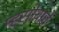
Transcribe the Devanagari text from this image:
म्हसोबाचे